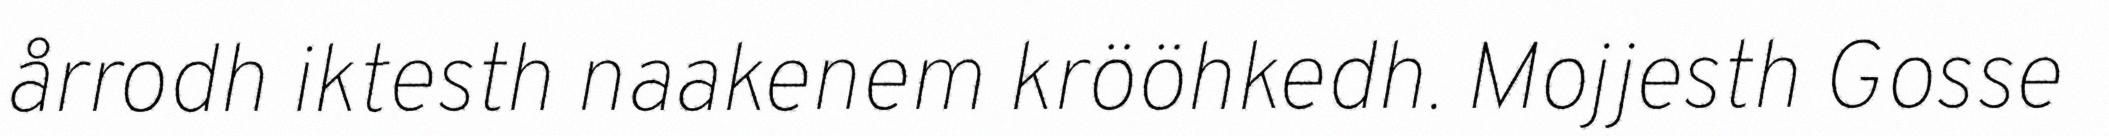
årrodh iktesth naakenem krööhkedh. Mojjesth Gosse